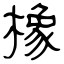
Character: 橡